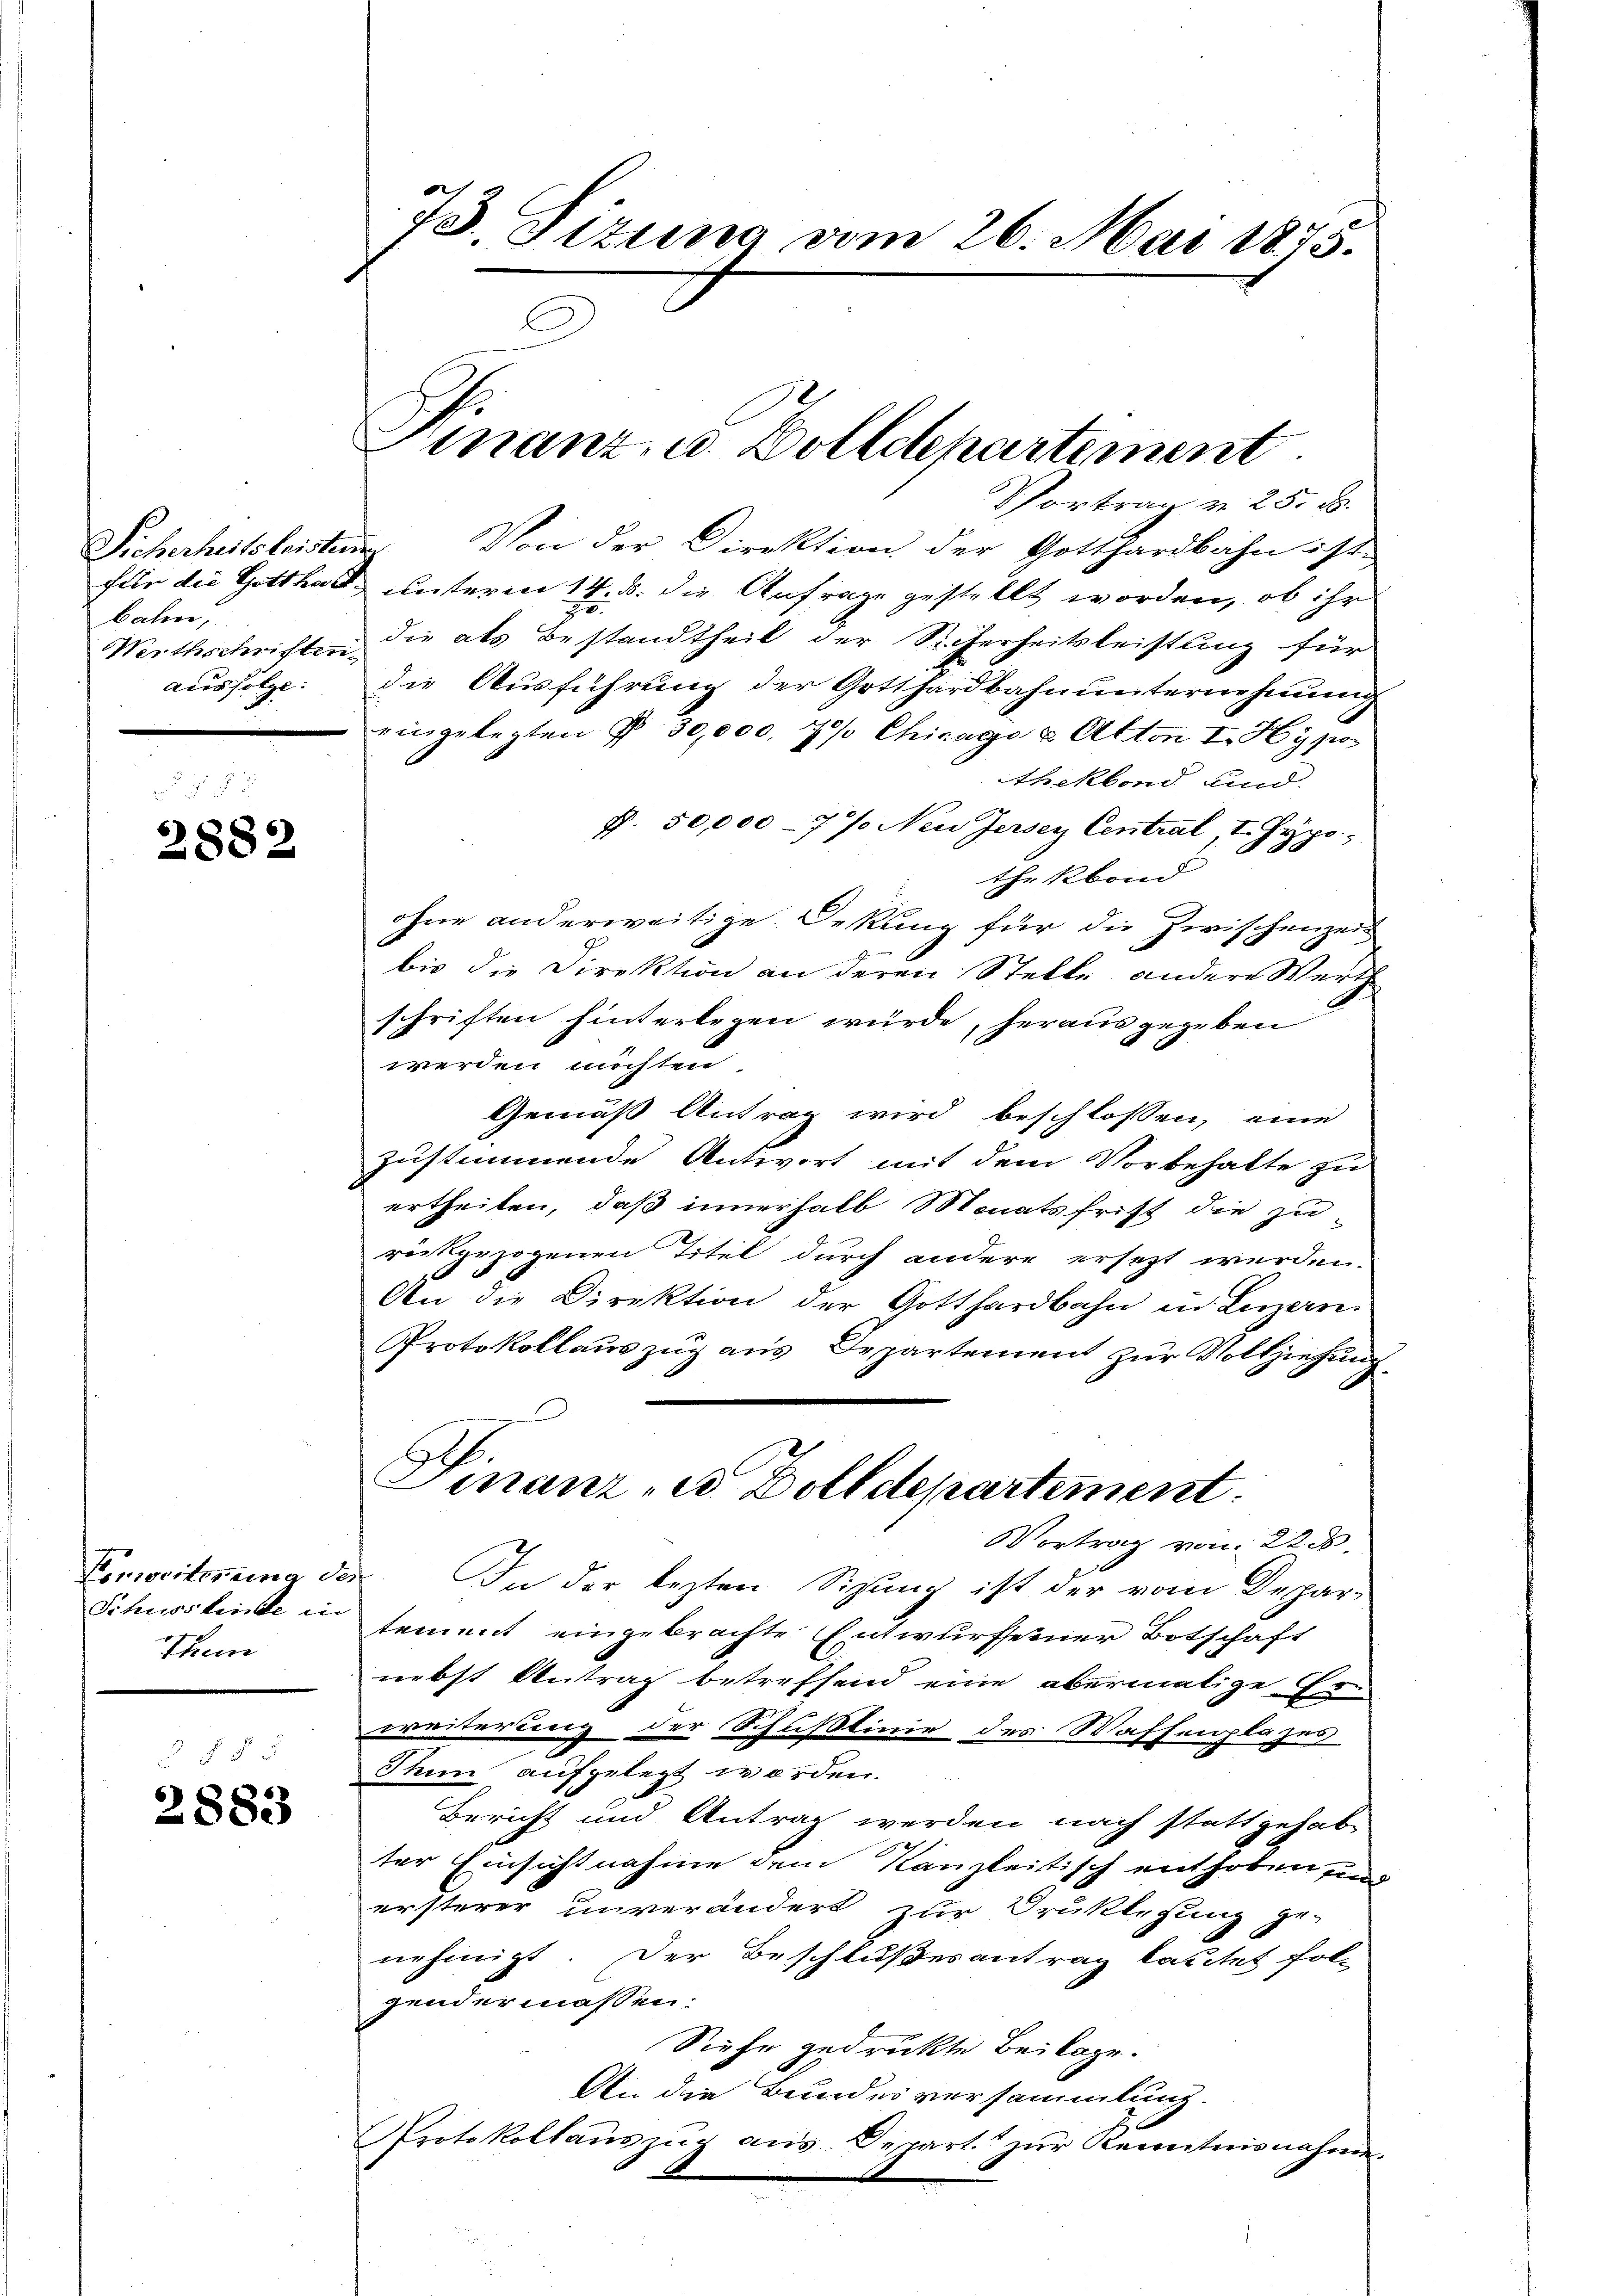
Sicherheitsleisteuer
bahn,
Werthschriften.
ausfolge:

2882

Einweiterung des
Schusslinde in
Then

f 8 x
2883

73. Sizung vom 26. Mai 1875.

Vortrag v. 25. d.
Von der Direktion der Gotthardbahn ist
fein die Gotthalt unterm 14. ds. die Anfrage gestellt worden, ob ihr
die als Bestandtheil der Sicherheitsleistung für
die Ausführung der Gotthardbahnunternehmung
eingelegten § 30,000, 2/3 Chicago u. Anton I. Hypos
thekbond und
f. 50,000 - 7 % Neu Jersey Central, I. Hypo
thekbond
ohne anderweitige Oekung für die Zwischenzeit
bis die Direktion an deren Stelle andere Werth
schriften hinterlegen würde, herausgegeben
werden möchten.
Gemäß Antrag wird beschlossen, eine
zustimmende Antwort mit dem Vorbehalte zu
ertheilen, daß innerhalb Monatsfrist die zurückgezogenen Titel durch andere ersetzt werden.
An die Direktion der Gotthardbahn in Luzern
Protokollauszug aus Departement zur Vollziehung.
Finanze Dolldepartement.
Vortrag von 225.
.
In der lezten Sizung ist der vom Departement eingebrachte Entwurfseiner Botschaft
nebst Antrag betreffend eine abermalige Er-
weiterung der Schußlinie des Waffenplazes
Thun aufgelegt worden.
Bericht und Antrag werden nach stattgehab
ter Einsichtnahme dem Kanzleitisch enthoben und
ersterer unverändert zur Druklegung ge-
nehmigt. Der Beschlußes antrag kautet fol-
gendermassen:
Siehe gedruckte Beilage.
An die Bundesversammlung.
Protokollaŭszŭg aŭs Depart. zŭr Kenntnisnahme

Finanz, u. Dolldepartement